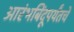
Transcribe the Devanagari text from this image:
आरंभबिंदूपर्यंतचे